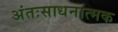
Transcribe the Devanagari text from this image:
अंतःसाधनात्मक